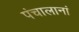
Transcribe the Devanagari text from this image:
पंचालानां